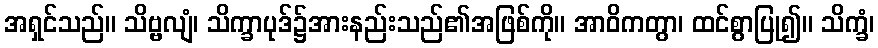
အရှင်သည်။ သိဗ္ဗလျံ၊ သိက္ခာပုဒ်၌အားနည်းသည်၏အဖြစ်ကို။ အာဝိကတွာ၊ ထင်စွာပြု၍။ သိက္ခံ၊